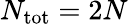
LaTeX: N_{\mathrm{tot}}=2N